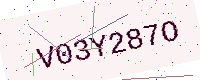
Text: V03Y287O